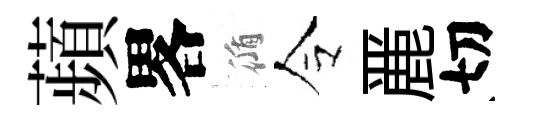
蘋畧循令䴡切